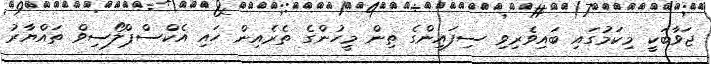
ޖަވާބަކީ މިކަމުގައި ބައިވެރިވި ސިފައިންގެ ތިން މީހުންގެ ތެރެއިން ހައި އެކްސްޕްލޯސިވް ތައްޔާރު